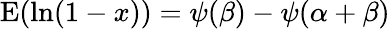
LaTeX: \operatorname{E}(\ln(1-x))=\psi(\beta)-\psi(\alpha+\beta)